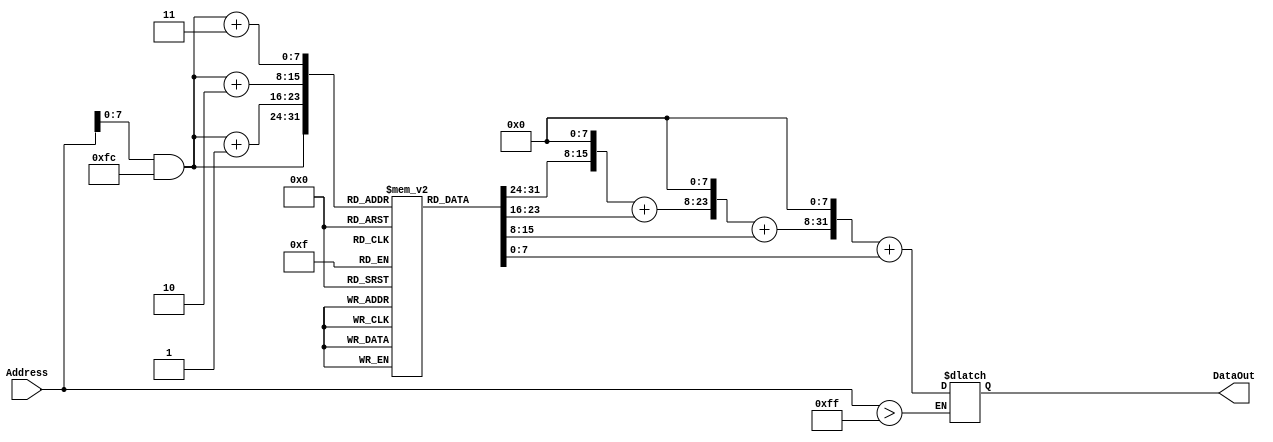
//Input address is always even and a multiple of four, therefore
//the two least significant bits must be converted to 00

module instRAM256x8 (output reg [31:0] DataOut, input[31:0] Address);
    reg[7:0] Mem[0:255];
    reg[31:0] temp;
    always@(Address)
        begin
            if(Address > 255)
                $display("Invalid address. Address must be between 0 and 255.");
            else
                begin
                    temp = Address & 32'hfffffffc;
                    DataOut = Mem[temp];
                    DataOut = DataOut << 8;
                    DataOut = DataOut + Mem[temp+1];
                    DataOut = DataOut << 8;
                    DataOut = DataOut + Mem[temp+2];
                    DataOut = DataOut << 8;
                    DataOut = DataOut + Mem[temp+3];
                end
        end
endmodule


module dataRAM256x8 (output reg [31:0] DataOut, input Enable, ReadWrite,
input[31:0] Address, input [31:0] DataIn, input [1:0] Mode);
    reg[7:0] Mem[0:255];
    reg[31:0] temp;
    //FIX: Declare DataIn Address, and other inputs
    always@(Enable, ReadWrite)
        if(Enable)
            if(!ReadWrite)//read
                case(Mode)
                    2'b00:  //Read Byte
                        DataOut = Mem[Address];
                    2'b01:  //Read Halfword: 2 bytes
                        begin
                            DataOut = Mem[Address];
                            DataOut = DataOut << 8;
                            DataOut = DataOut + Mem[Address+1];
                        end
                    2'b10:  //Read Word: 4 bytes
                        begin
                            DataOut = Mem[Address];
                            DataOut = DataOut << 8;
                            DataOut = DataOut + Mem[Address+1];
                            DataOut = DataOut << 8;
                            DataOut = DataOut + Mem[Address+2];
                            DataOut = DataOut << 8;
                            DataOut = DataOut + Mem[Address+3];
                        end
                    2'b11:  //Read Doubleword: 2 * 4 bytes
                        begin
                            //first word
                            DataOut = Mem[Address];
                            DataOut = DataOut << 8;
                            DataOut = DataOut + Mem[Address+1];
                            DataOut = DataOut << 8;
                            DataOut = DataOut + Mem[Address+2];
                            DataOut = DataOut << 8;
                            DataOut = DataOut + Mem[Address+3];
                            //second word
                            #6 DataOut = Mem[Address+4];
                            DataOut = DataOut << 8;
                            DataOut = DataOut + Mem[Address+5];
                            DataOut = DataOut << 8;
                            DataOut = DataOut + Mem[Address+6];
                            DataOut = DataOut << 8;
                            DataOut = DataOut + Mem[Address+7];
                        end
                endcase
            else//write
                case(Mode)
                    2'b00:  //Write Byte
                        Mem[Address] = DataIn;
                    2'b01:  //Write Halfword: 2 bytes
                        begin
                            temp = DataIn & 32'hff00;
                            temp = temp >> 8;
                            Mem[Address] = temp;
                            temp = DataIn & 32'hff;
                            Mem[Address+1] = temp;
                        end
                    2'b10:  //Write Word: 4 bytes
                        begin
                            temp = DataIn & 32'hff000000;
                            temp = temp >> 24;
                            Mem[Address] = temp;
                            temp = DataIn & 32'hff0000;
                            temp = temp >> 16;
                            Mem[Address+1] = temp;
                            temp = DataIn & 32'hff00;
                            temp = temp >> 8;
                            Mem[Address+2] = temp;
                            temp = DataIn & 32'hff;
                            Mem[Address+3] = temp;
                        end
                    2'b11:  //Write Doubleword: 2 * 4 bytes
                        begin
                            //do nothing
                        end
                endcase
endmodule


module testInstRAM;
//////////////
//Pre-charge//
////////////////////////////////////////////////////////////////////////////////////////////////////////////////////////////
    integer I_inFile, I_code;
    // reg I_Enable;
    reg [7:0] data;
    reg [31:0] I_Address;
    wire [31:0] I_DataOut;
    instRAM256x8 ramI(I_DataOut, I_Address);
    initial
        begin
            I_inFile = $fopen("PF1_Gonzalez_Ortiz_Samuel_ramintr.txt","r");
            I_Address = 32'b0;
            $display("");
            $display("Instruction RAM was precharged with the following data:");
            $display("        Address   Data");
            while(!$feof(I_inFile))
                begin
                    #1 I_code = $fscanf(I_inFile, "%b", data);
                    ramI.Mem[I_Address] = data;
                    #7 $display("%d        %b", I_Address, data);
                    #2 I_Address = I_Address + 1; 
                end
            $fclose(I_inFile);
        end
    // initial
    //     begin
    //         I_Enable = 1'b0;
    //         repeat (16)
    //             begin
    //                 #5 I_Enable = 1'b1;
    //                 #5 I_Enable = 1'b0;
    //             end
    //     end  
////////////////////////////////////////////////////////////////////////////////////////////////////////////////////////////

////////
//Test// FIX: print out words, not bytes
////////////////////////////////////////////////////////////////////////////////////////////////////////////////////////////
    initial
        begin
            #400;
            $display("");
            $display("Testing Instruction RAM:");
            $display("        Address   Data");
            // I_Enable = 1'b0;
            I_Address = 32'b0;
            repeat (16)
                begin
                    #5 //I_Enable = 1'b1;
                    #5 //I_Enable = 1'b0;
                    $display("%d        %h", I_Address, I_DataOut);
                    I_Address = I_Address + 1;
                end
        end
////////////////////////////////////////////////////////////////////////////////////////////////////////////////////////////      
endmodule


module testDataRAM;
//////////////
//Pre-charge//
////////////////////////////////////////////////////////////////////////////////////////////////////////////////////////////
    integer D_inFile, D_code;
    reg D_Enable, D_ReadWrite;
    reg[1:0] D_Mode;
    reg [31:0] D_DataIn;
    reg [31:0] D_DataOutprev; //stores most significant bit data for doublewords
    reg [31:0] D_Address;
    wire [31:0] D_DataOut;
    dataRAM256x8 ramD(D_DataOut, D_Enable, D_ReadWrite, D_Address, D_DataIn, D_Mode);
    initial
        begin
            #200; //wait for Instruction RAM Initialization to end (used only for precharge prints)
            D_inFile = $fopen("PF1_Gonzalez_Ortiz_Samuel_ramdata.txt","r");
            D_Address = 32'b0;
            $display("");
            $display("Data RAM was precharged with the following data:");
            $display("        Address   Data");
            while(!$feof(D_inFile))
                begin
                    #1 D_code = $fscanf(D_inFile, "%b", D_DataIn);
                    #7 $display("%d        %b", D_Address, ramD.Mem[D_Address]);
                    #2 D_Address = D_Address + 1; 
                end
            $fclose(D_inFile);
        end
    initial
        begin
            #200; //wait for Instruction RAM Initialization to end (used only for precharge prints)
            D_Enable = 1'b0;
            D_Mode = 2'b0;
            D_ReadWrite = 1'b1;
            repeat (16)
                begin
                    #5 D_Enable = 1'b1;
                    #5 D_Enable = 1'b0;
                end
        end  
////////////////////////////////////////////////////////////////////////////////////////////////////////////////////////////

////////
//Test//
////////////////////////////////////////////////////////////////////////////////////////////////////////////////////////////
    initial //test case 1
        begin 
            #600;
            $display("");
            $display("Testing Data RAM (case 1):");
            $display("        Address   R/W   Data In   Data Out");

            D_Enable = 1'b0;
            D_ReadWrite = 1'b0;
            D_Mode = 2'b10;
            D_Address = 32'b0;
            repeat (4)
                begin
                    #5 D_Enable = 1'b1;
                    #5 D_Enable = 1'b0;
                    $display("%d        %b     %h        %h", D_Address, D_ReadWrite, D_DataIn, D_DataOut);
                    D_Address = D_Address + 4;
                end
        end

    initial //test case 2
        begin
            #650
            $display("");
            $display("Testing Data RAM (case 2):");
            $display("        Address   R/W   Data In   Data Out");
            D_Enable = 1'b0;
            D_ReadWrite = 1'b0;
            D_Mode = 2'b00;
            D_Address = 32'b0;
                #5 D_Enable = 1'b1;
                #5 D_Enable = 1'b0;
                $display("%d        %b     %h        %h", D_Address, D_ReadWrite, D_DataIn, D_DataOut);
            D_Mode = 2'b01;
            D_Address = 32'b10;
                #5 D_Enable = 1'b1;
                #5 D_Enable = 1'b0;
                $display("%d        %b     %h        %h", D_Address, D_ReadWrite, D_DataIn, D_DataOut);
            D_Address = 32'b100;
                #5 D_Enable = 1'b1;
                #5 D_Enable = 1'b0;
                $display("%d        %b     %h        %h", D_Address, D_ReadWrite, D_DataIn, D_DataOut);
        end

    initial //test case 3
        begin
            #700
            $display("");
            $display("Testing Data RAM (case 3):");
            $display("        Address   R/W   Data In   Data Out");
            D_Enable = 1'b0;
            D_ReadWrite = 1'b1;
            D_Mode = 2'b00;
            D_Address = 32'b0;
                D_DataIn = 32'haa;
                #5 D_Enable = 1'b1;
                #5 D_Enable = 1'b0;
                $display("%d        %b     %h        %h", D_Address, D_ReadWrite, D_DataIn, D_DataOut);
            D_Mode = 2'b01;
            D_Address = 32'b10;
                D_DataIn = 32'haaaa;
                #5 D_Enable = 1'b1;
                #5 D_Enable = 1'b0;
                $display("%d        %b     %h        %h", D_Address, D_ReadWrite, D_DataIn, D_DataOut);
            D_Mode = 2'b01;
            D_Address = 32'b100;
                D_DataIn = 32'haaaa;
                #5 D_Enable = 1'b1;
                #5 D_Enable = 1'b0;
                $display("%d        %b     %h        %h", D_Address, D_ReadWrite, D_DataIn, D_DataOut);
            D_Mode = 2'b10;
            D_Address = 32'b1000;
                D_DataIn = 32'haaaaaaaa;
                #5 D_Enable = 1'b1;
                #5 D_Enable = 1'b0;
                $display("%d        %b     %h        %h", D_Address, D_ReadWrite, D_DataIn, D_DataOut);
        end

    initial //test case 4
        begin
            #750
            $display("");
            $display("Testing Data RAM (case 4):");
            $display("        Address   R/W   Data In   Data Out");
            D_Enable = 1'b0;
            D_ReadWrite = 1'b0;
            D_Mode = 2'b10;
            D_Address = 32'b00;
                #5 D_Enable = 1'b1;
                #5 D_Enable = 1'b0;
                $display("%d        %b     %h        %h", D_Address, D_ReadWrite, D_DataIn, D_DataOut);
            D_Address = 32'b100;
                #5 D_Enable = 1'b1;
                #5 D_Enable = 1'b0;
                $display("%d        %b     %h        %h", D_Address, D_ReadWrite, D_DataIn, D_DataOut);
        end
////////////////////////////////////////////////////////////////////////////////////////////////////////////////////////////
endmodule